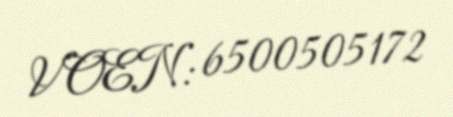
VOEN: 6500505172